Medical and sanitary report of the native army of Bengal for the year
Year: 1875
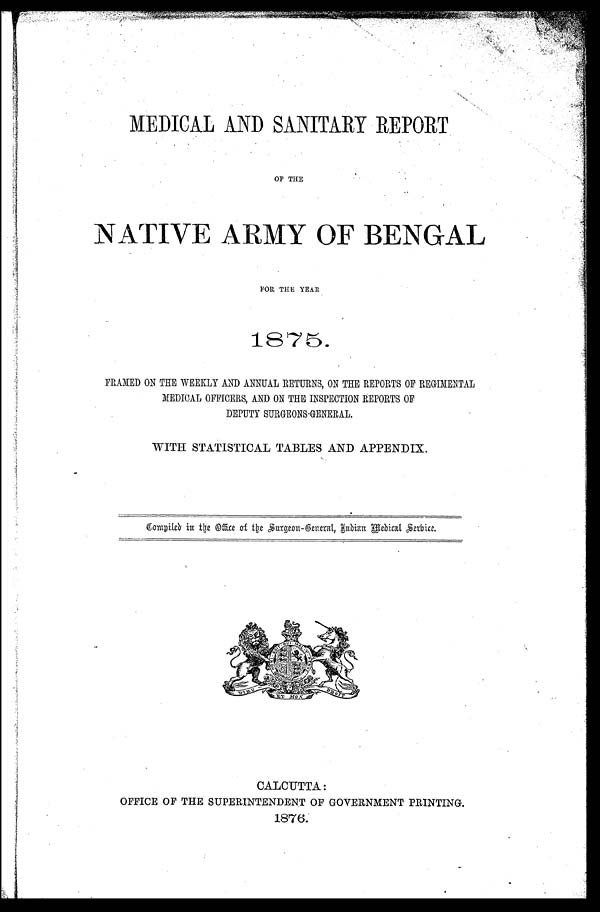
MEDICAL AND SANITARY REPORT
OF THE
NATIVE ARMY OF BENGAL
FOR THE YEAR 1875.
FRAMED ON THE WEEKLY AND ANNUAL RETURNS, ON THE REPORTS OF REGIMENTAL
MEDICAL OFFICERS, AND ON THE INSPECTION REPORTS OF
DEPUTY SURGEONS-GENERAL.
WITH STATISTICAL TABLES AND APPENDIX.
Compiled in the Office of the Surgeon-General, Indian Medical service.
CALCUTTA:
OFFICE OF THE SUPERINTENDENT OF GOVERNMENT PRINTING
.
1876.